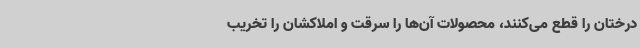
درختان را قطع می‌کنند، محصولات آن‌ها را سرقت و املاکشان را تخریب